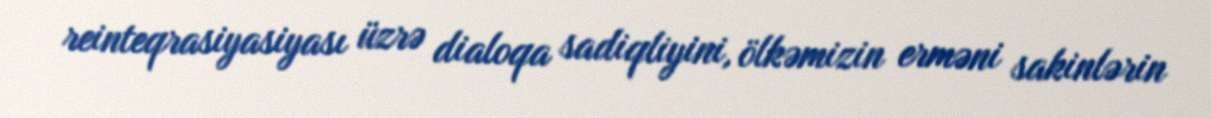
reinteqrasiyasiyası üzrə dialoqa sadiqliyini, ölkəmizin erməni sakinlərin